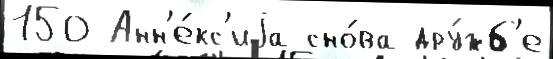
150 Анн'е́кс'иjа сно́ва дру́жб'е